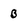
Character: B